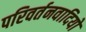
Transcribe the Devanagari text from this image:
परिवर्तनवादियों